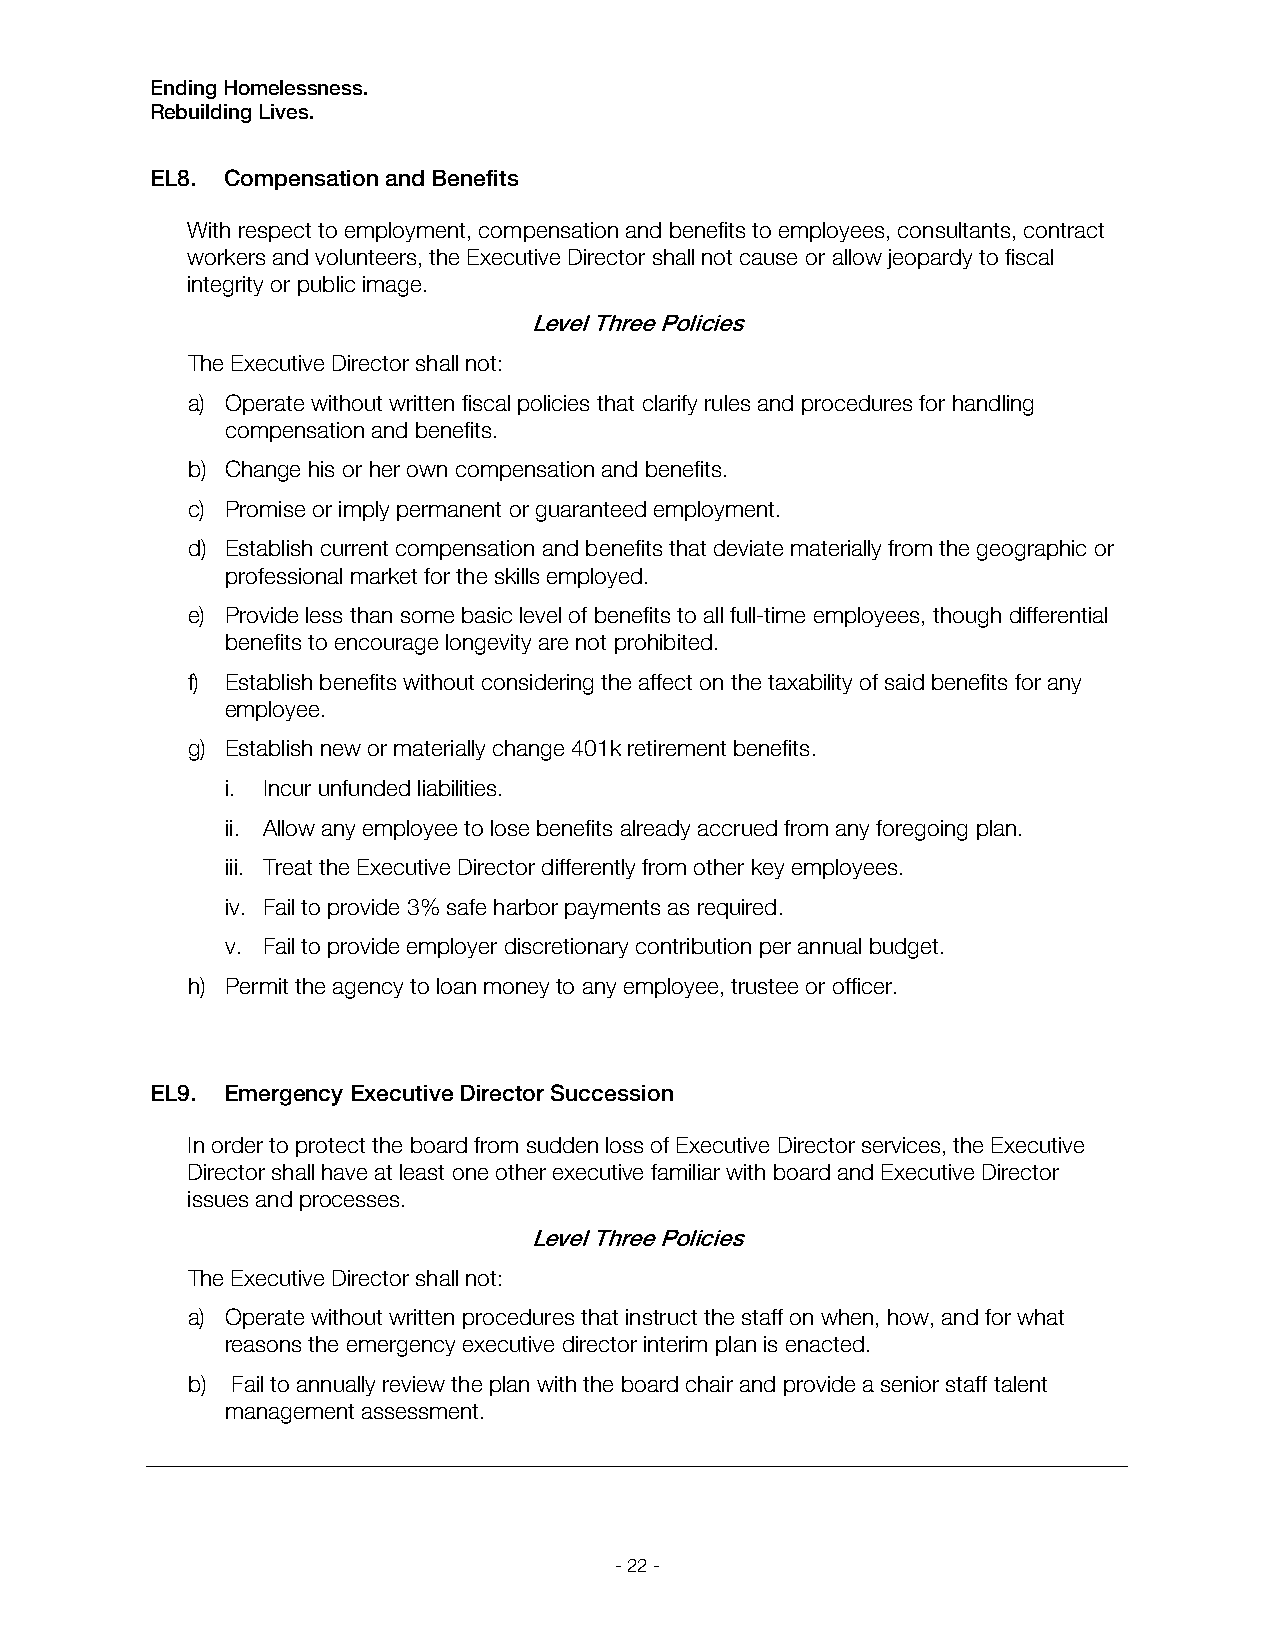
Ending Homelessness.
 Rebuilding Lives.
 EL8. Compensation and Benefits
 With respect to employment, compensation and benefits to employees, consultants, contract
 workers and volunteers, the Executive Director shall not cause or allow jeopardy to fiscal
 integrity or public image.
 Level Three Policies
 The Executive Director shall not:
 a) Operate without written fiscal policies that clarify rules and procedures for handling
 compensation and benefits.
 b) Change his or her own compensation and benefits.
 c) Promise or imply permanent or guaranteed employment.
 d) Establish current compensation and benefits that deviate materially from the geographic or
 professional market for the skills employed.
 e) Provide less than some basic level of benefits to all full-time employees, though differential
 benefits to encourage longevity are not prohibited.
 f) Establish benefits without considering the affect on the taxability of said benefits for any
 employee.
 g) Establish new or materially change 401k retirement benefits.
 i. Incur unfunded liabilities.
 ii. Allow any employee to lose benefits already accrued from any foregoing plan.
 iii. Treat the Executive Director differently from other key employees.
 iv. Fail to provide 3% safe harbor payments as required.
 v. Fail to provide employer discretionary contribution per annual budget.
 h) Permit the agency to loan money to any employee, trustee or officer.
 EL9. Emergency Executive Director Succession
 In order to protect the board from sudden loss of Executive Director services, the Executive
 Director shall have at least one other executive familiar with board and Executive Director
 issues and processes.
 Level Three Policies
 The Executive Director shall not:
 a) Operate without written procedures that instruct the staff on when, how, and for what
 reasons the emergency executive director interim plan is enacted.
 b) Fail to annually review the plan with the board chair and provide a senior staff talent
 management assessment.
 - 22 -